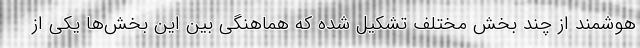
هوشمند از چند بخش مختلف تشکیل شده که هماهنگی بین این بخش‌ها یکی از